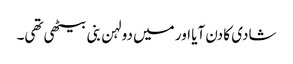
شادی کا دن آیا اور میں دولہن بنی بیٹھی تھی۔